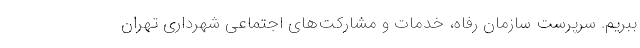
ببریم. سرپرست سازمان رفاه، خدمات و مشارکت‌های اجتماعی شهرداری تهران